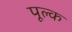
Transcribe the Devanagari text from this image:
पूल्क